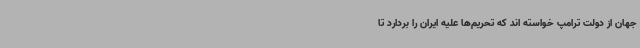
جهان از دولت ترامپ خواسته اند که تحریم‌ها علیه ایران را بردارد تا